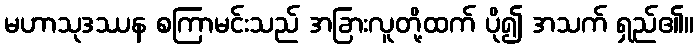
မဟာသုဒဿန စကြာမင်းသည် အခြားလူတို့ထက် ပို၍ အသက် ရှည်၏။